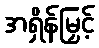
အရှိန်မြှင့်